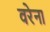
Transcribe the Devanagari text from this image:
वरेना